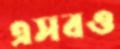
এসবও